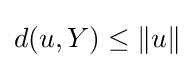
d(u,Y)\leq \|u\|